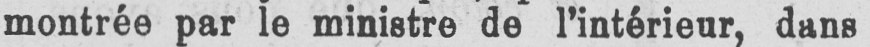
montrée par le ministre de l’intérieur, dans